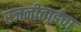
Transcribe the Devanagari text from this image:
रजनीताईचा